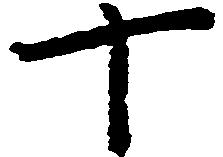
十